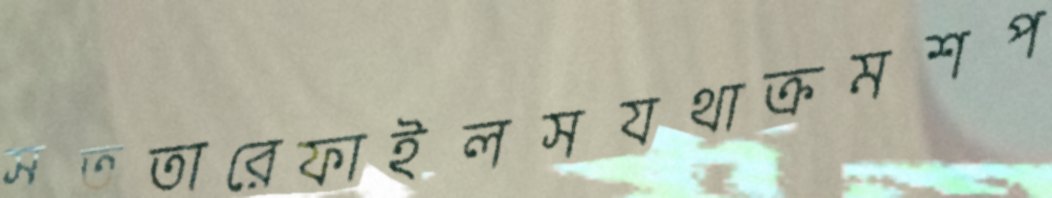
সততারেফাইলসযথাক্রমশপ